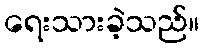
ရေးသားခဲ့သည်။